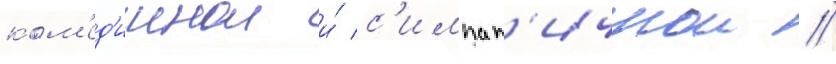
ком'ед'иинои и́ с'импат'ичнои //